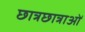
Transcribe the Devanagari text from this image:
छात्रछात्राओं